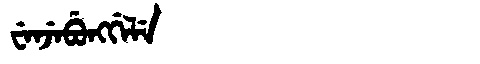
Manchu: ᠸᡝᠨᠵᡝᠪᡠᠩᡤᡝᠯᡝ
Romanization: WENJEBUNGGELE